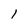
Character: 1